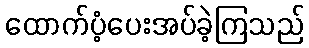
ထောက်ပံ့ပေးအပ်ခဲ့ကြသည်